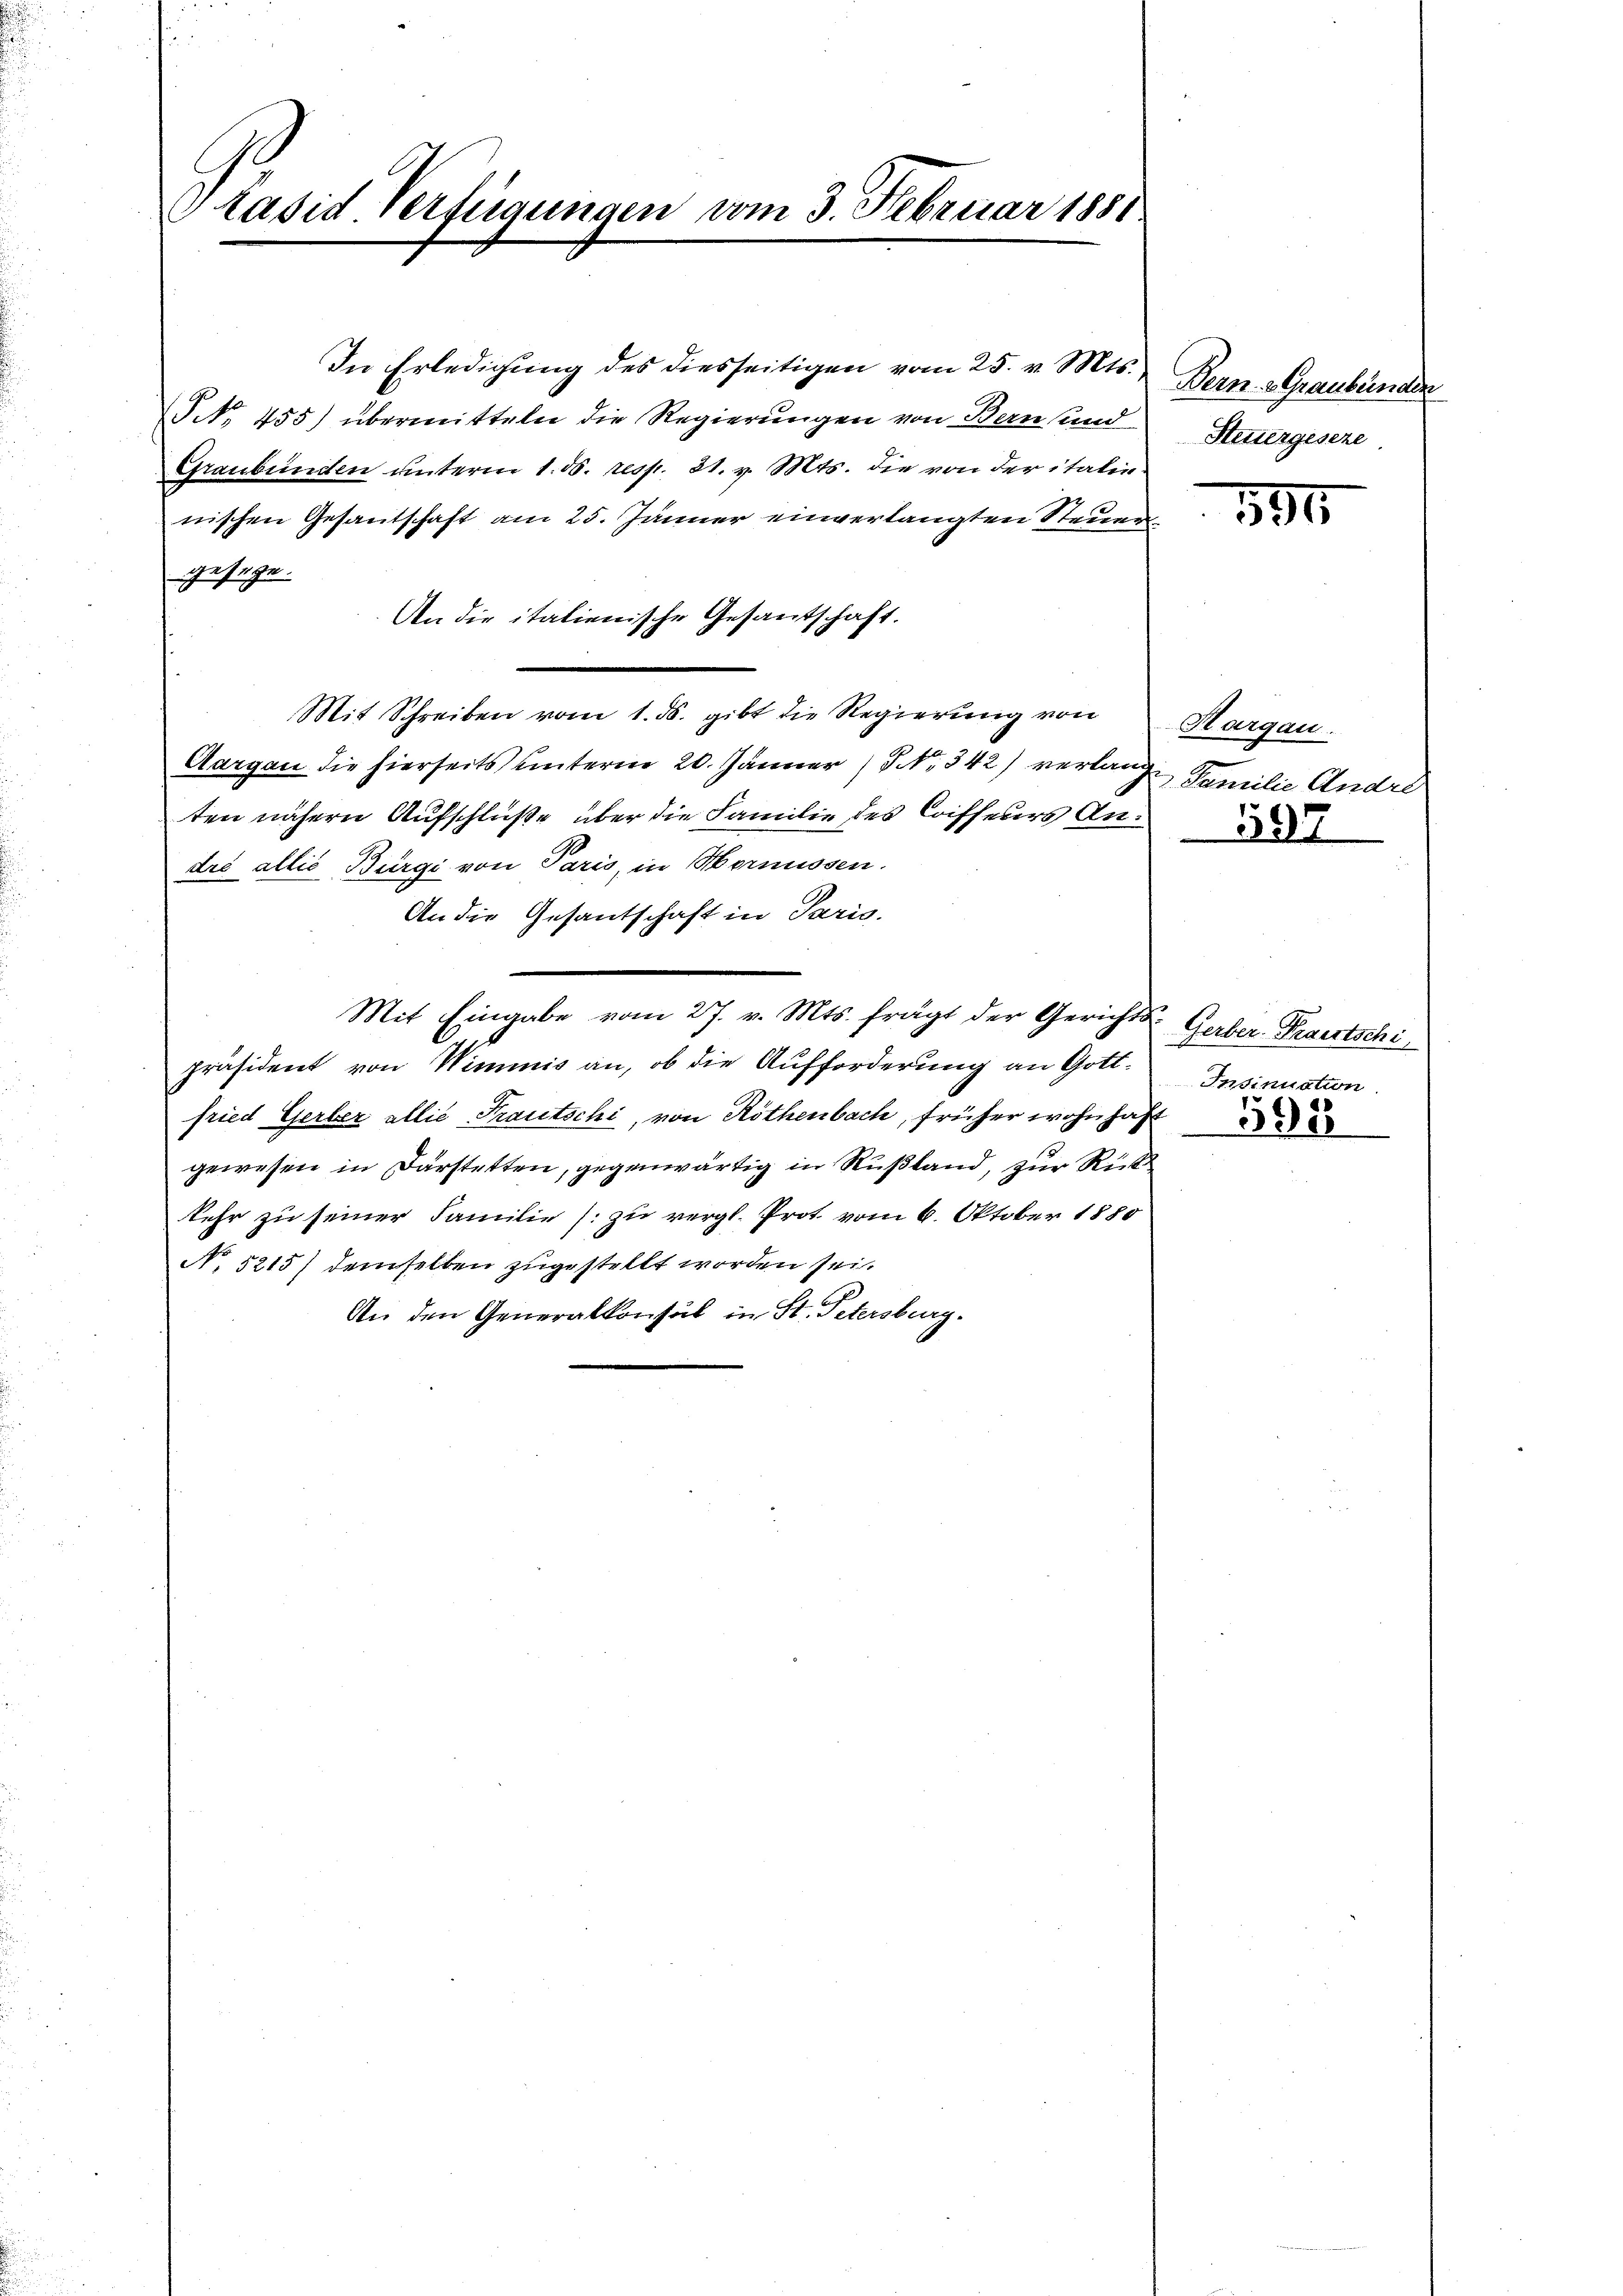
Lasid Verfügungen vom 3. Februar 1881

In Erledigŭng des diesseitigen vom 25. v. Mts.
NNo. 455) übermitteln die Regierungen von Bern und
Graubünden ŭnterm 1. ds. resp. 31. v. Mts. die von der italie
nischen Gesantschaft am 25. Jänner einverlangten Steuer
gesege.
An die italienische Gesantschaft.
Mit Schreiben vom 1. ds. gibt die Regierung von
Aargau die hierseits unterm 20. Jänner / NNo. 342 verlange Familie Andre
ten nähern Aufschlüße über die Familie des Coiffeurs Andić allie Bürgi von Paris, in Mornissen.
An die Gesantschaft in Paris.
Mit Eingabe vom 27. v. Mts. frägt der Gerichts Gerber Trautschi
präsident von Wimmnis an, ob die Aufforderung an Gottfried Gerber allie Trautschi, von Rothenbach, früher wohnhaft
gewesen in Darstetten, gegenwärtig in Rußland, zur Rück
kehr zu seiner Familie (: zu vergl. Prot vom 6. Oktober 1880
No. 5215) demselben zugestellt worden sei.
An den Generalkonsul in St. Petersburg.

Bern. Graubünden
Steuergeseze

590

Hargau

597

Insinuation.

598